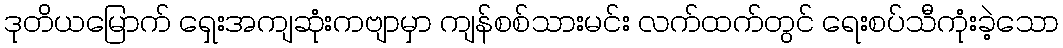
ဒုတိယမြောက် ရှေးအကျဆုံးကဗျာမှာ ကျန်စစ်သားမင်း လက်ထက်တွင် ရေးစပ်သီကုံးခဲ့သော